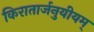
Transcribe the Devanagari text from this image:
किरातार्जनुयीयम्‌